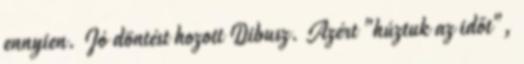
ennyien. Jó döntést hozott Dibusz. Azért "húztuk az időt",